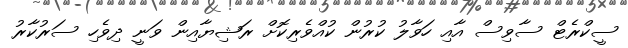
ސީކްރެޓް ސާވިސް އާއި ހަވާލު ކުރުން ކުއްވެރިކޮށް ރަޝިޔާއިން ވަނީ ދިވެހި ސަރުކާރު